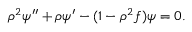
\rho ^ { 2 } \psi ^ { \prime \prime } + \rho \psi ^ { \prime } - ( 1 - \rho ^ { 2 } f ) \psi = 0 .